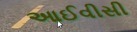
આઈવીસી